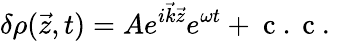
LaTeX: \delta\rho(\vec{z},t)=Ae^{i\vec{k}\vec{z}}e^{\omega t}+\mathrm{~c~.~c~.~}